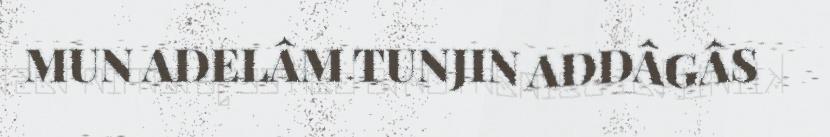
MUN ADELÂM TUNJIN ADDÂGÂS